Medical and sanitary report of the native army of Madras for the year
Year: 1876
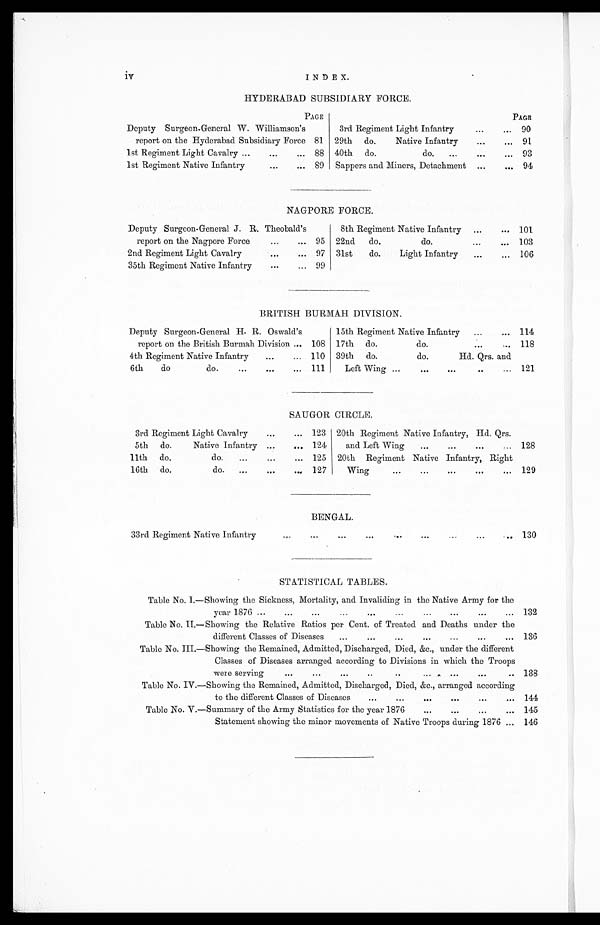
iv
INDEX.
HYDERABAD SUBSIDIARY FORCE.
PAGE
PAGE
Deputy Surgeon-General W. Williamson's
report on the Hyderabad Subsidiary Force 81
3rd Regiment Light Infantry
...
... 90
29th do.
Native Infantry
...
... 91
1st Regiment Light Cavalry ...
...
... 88 40th do.
do. ...
...
93
1st Regiment Native Infantry
...
... 89 Sappers and Miners, Detachment ...
... 94
NAGPORE FORCE.
Deputy Surgeon-General. J. R. Theobald's
report on the Nagpore Force ...
...
95
8th Regiment Native Infantry ...
... 101
22nd do.
do.
...
... 103
2nd Regiment Light Cavalry
...
... 97 31st
do.
Light Infantry ...
... 106
35th Regiment Native Infantry
...
... 99
BRITISH BURMAH DIVISION.
Deputy Surgeon-General H. R. Oswald's
report on the British Burmah Division ... 108
15th Regiment Native Infantry
... 114
17th do.
do.
...
... 118
4th Regiment Native Infantry
...
... 110 39th do.
do.
Hd. Qrs. and
Left Wing ...
...
...
..
... 121
6th
do
do.
...
...
... 111
SAUGOR CIRCLE.
3rd Regiment Light Cavalry
...
... 123 20th Regiment Native Infantry, Hd. Qrs.
and Left Wing...
...
... 128
5th do.
Native Infantry ...
... 124
11th do.
do.
...
...
... 125 20th Regiment Native Infantry, Right
Wing. ... ...
...
...
... 129
16th do.
do. ...
...
... 127
BENGAL.
33rd Regiment Native Infantry
...
...
...
...
...
...
... 130
STATISTICAL TABLES.
Table No. I.—Showing the Sickness, Mortality, and Invaliding in the Native Army for the
year 1876 ...
...
...
...
...
...
...
...
...
...
132
Table No. II.—Showing the Relative Ratios per Cent, of Treated and Deaths under the
different Classes of Diseases ...
...
...
...
...
...
... 136
Table No. III.—Showing the Remained, Admitted, Discharged, Died, &c., under the different
Classes of Diseases arranged according to Divisions in which the Troops
were serving
...
...
...
..
..
...
.. 138
Table No. IV.—Showing the Remained, Admitted, Discharged, Died, &c., arranged according
to the different Classes of Diseases
...
...
...
...
...
... 144
Table No. V.—Summary of the Army Statistics for the year 1876
...
...
...
... 145
Statement showing the minor movements of Native Troops during 1876 ... 146